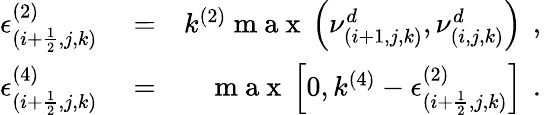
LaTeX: \begin{array}{rlr}{\epsilon_{(i+\frac{1}{2},j,k)}^{(2)}}&{{}=}&{k^{(2)}\mathrm{~m~a~x~}\left(\nu_{(i+1,j,k)}^{d},\nu_{(i,j,k)}^{d}\right)\, \mathrm{~,~}}\\ {\epsilon_{(i+\frac{1}{2},j,k)}^{(4)}}&{{}=}&{\mathrm{~m~a~x~}\left[0,k^{(4)}-\epsilon_{(i+\frac{1}{2},j,k)}^{(2)}\right]\, \mathrm{~.~}}\end{array}